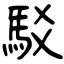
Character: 駁